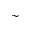
\sim